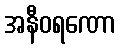
အနီဝရဏော